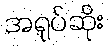
အရုပ်ဆိုး